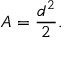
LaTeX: A = { \frac { d ^ { 2 } } { 2 } } .